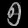
Digit: ၅